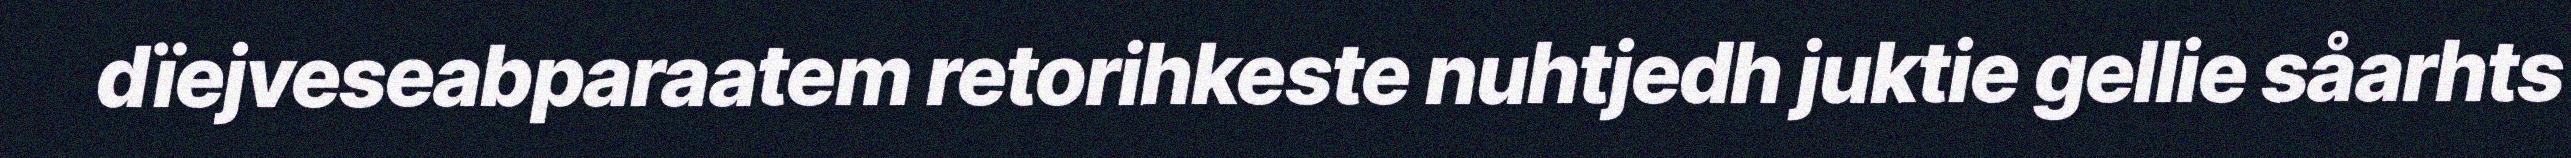
dïejveseabparaatem retorihkeste nuhtjedh juktie gellie såarhts